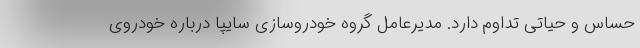
حساس و حیاتی تداوم دارد. مدیرعامل گروه خودروسازی سایپا درباره خودروی